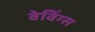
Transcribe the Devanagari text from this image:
वेविंग्स